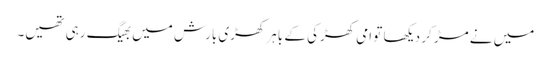
میں‌ نے مڑ کر دیکھا تو امی کھڑکی کے باہر کھڑی بارش میں‌ بھیگ رہی تھیں۔